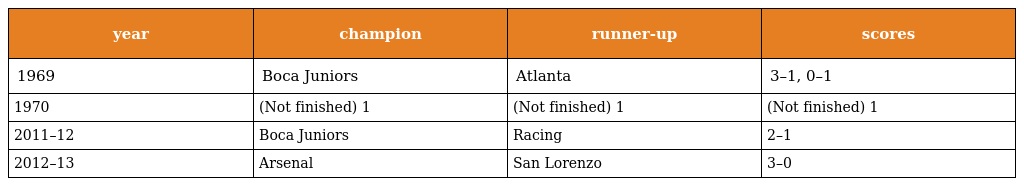
| year | champion | runner-up | scores |
 | --- | --- | --- | --- |
 | 1969 | Boca Juniors | Atlanta | 3–1, 0–1 |
 | 1970 | (Not finished) 1 | (Not finished) 1 | (Not finished) 1 |
 | 2011–12 | Boca Juniors | Racing | 2–1 |
 | 2012–13 | Arsenal | San Lorenzo | 3–0 |